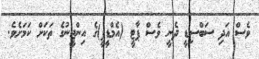
ވެސް އަދި ސަބްސިޑީ ދެނީ ވެސް ޕާޓީ (އެމްޑީޕީ)ގެ އިންޖީނުގެ ތަކަށް ކަމަށެވެ.